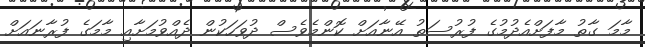
މާމަ ގާތު މާފަށްއެދުމުގެ ފުރުސަތު އޭނާއަށް ކޮންމެވެސް ދުވަހަކުން ދެއްވުމަށާއި މާމަގެ ފުރާނައަށް